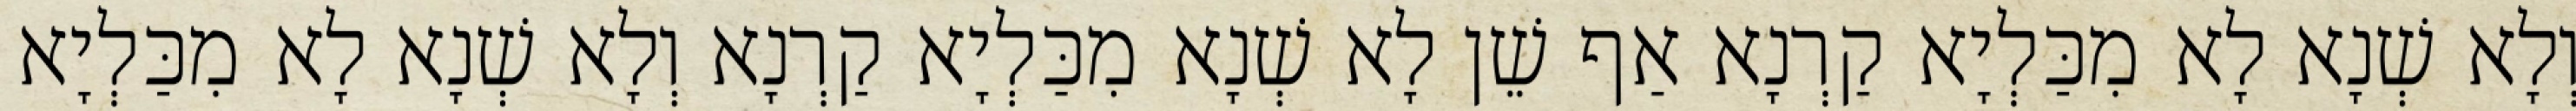
וְלָא שְׁנָא לָא מִכַּלְיָא קַרְנָא אַף שֵׁן לָא שְׁנָא מִכַּלְיָא קַרְנָא וְלָא שְׁנָא לָא מִכַּלְיָא